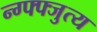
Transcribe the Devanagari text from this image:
न्ग्फ्फ्जुत्य